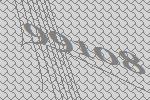
99108